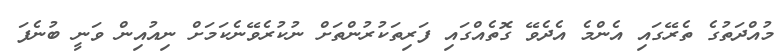
މުއްދަތުގެ ތެރޭގައި އެންމެ އެދެވޭ ގޮތެއްގައި ފަރިތަކުރުންތަށް ނުކުރެވޭނެކަމަށް ނިއުއިން ވަނީ ބުނެފަ